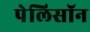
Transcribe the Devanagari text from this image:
पेलिसॉन